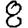
Digit: 8